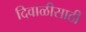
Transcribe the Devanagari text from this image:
दिवाळीसाठी